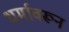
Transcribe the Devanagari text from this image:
धर्मावरून